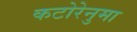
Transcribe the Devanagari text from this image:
कटोरेनुमा